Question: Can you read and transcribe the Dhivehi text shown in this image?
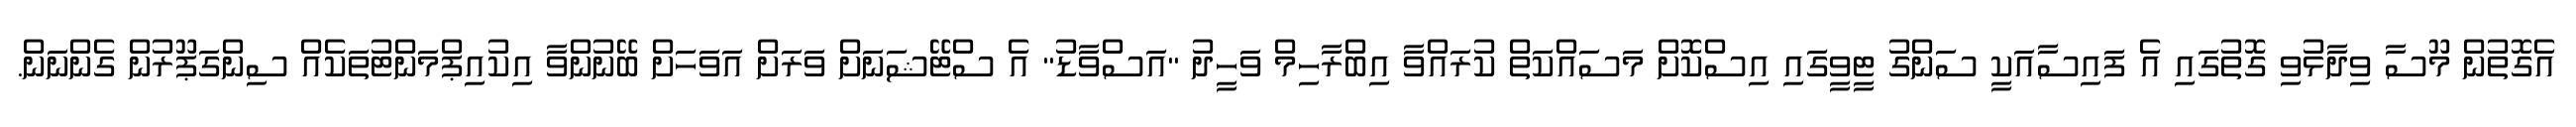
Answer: އެގޮތުން މޫސާ ވިދާޅުވި ގޮތުގައި އެ ފައިސާއަކީ ސަންގު ޓީވީގައި އިސްކޮށް މަސައްކަތް ކުރައްވާ އިބްރާހިމް ވަހީދު "އަސްވާޑު" އެ ސްޓޭޝަނަށް ވަރަށް އަވަހަށް ބޭނުންވާ އިކުއިޕްމަންޓުތަކެއް ސިންގަޕޫރުން ގެންނަން.